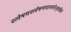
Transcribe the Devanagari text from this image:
श्लेषमश्लेषणयानलेऽमृतबिले